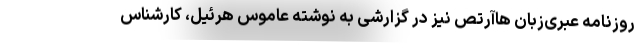
روزنامه عبری‌زبان هاآرتص نیز در گزارشی به نوشته عاموس هرئیل، کارشناس